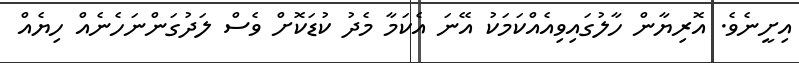
އިށީނެވެ. އޮރިޔާން ހާލުގައިވިއެއްކަމަކު އޭނަ އެކަމާ މެދު ކުޑަކޮށް ވެސް ލަދުގަންނަހެނެއް ހިޔެއް